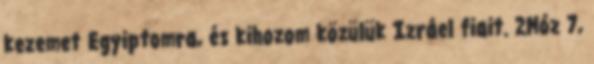
kezemet Egyiptomra, és kihozom közülük Izráel fiait. 2Móz 7,